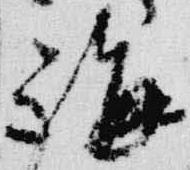
講